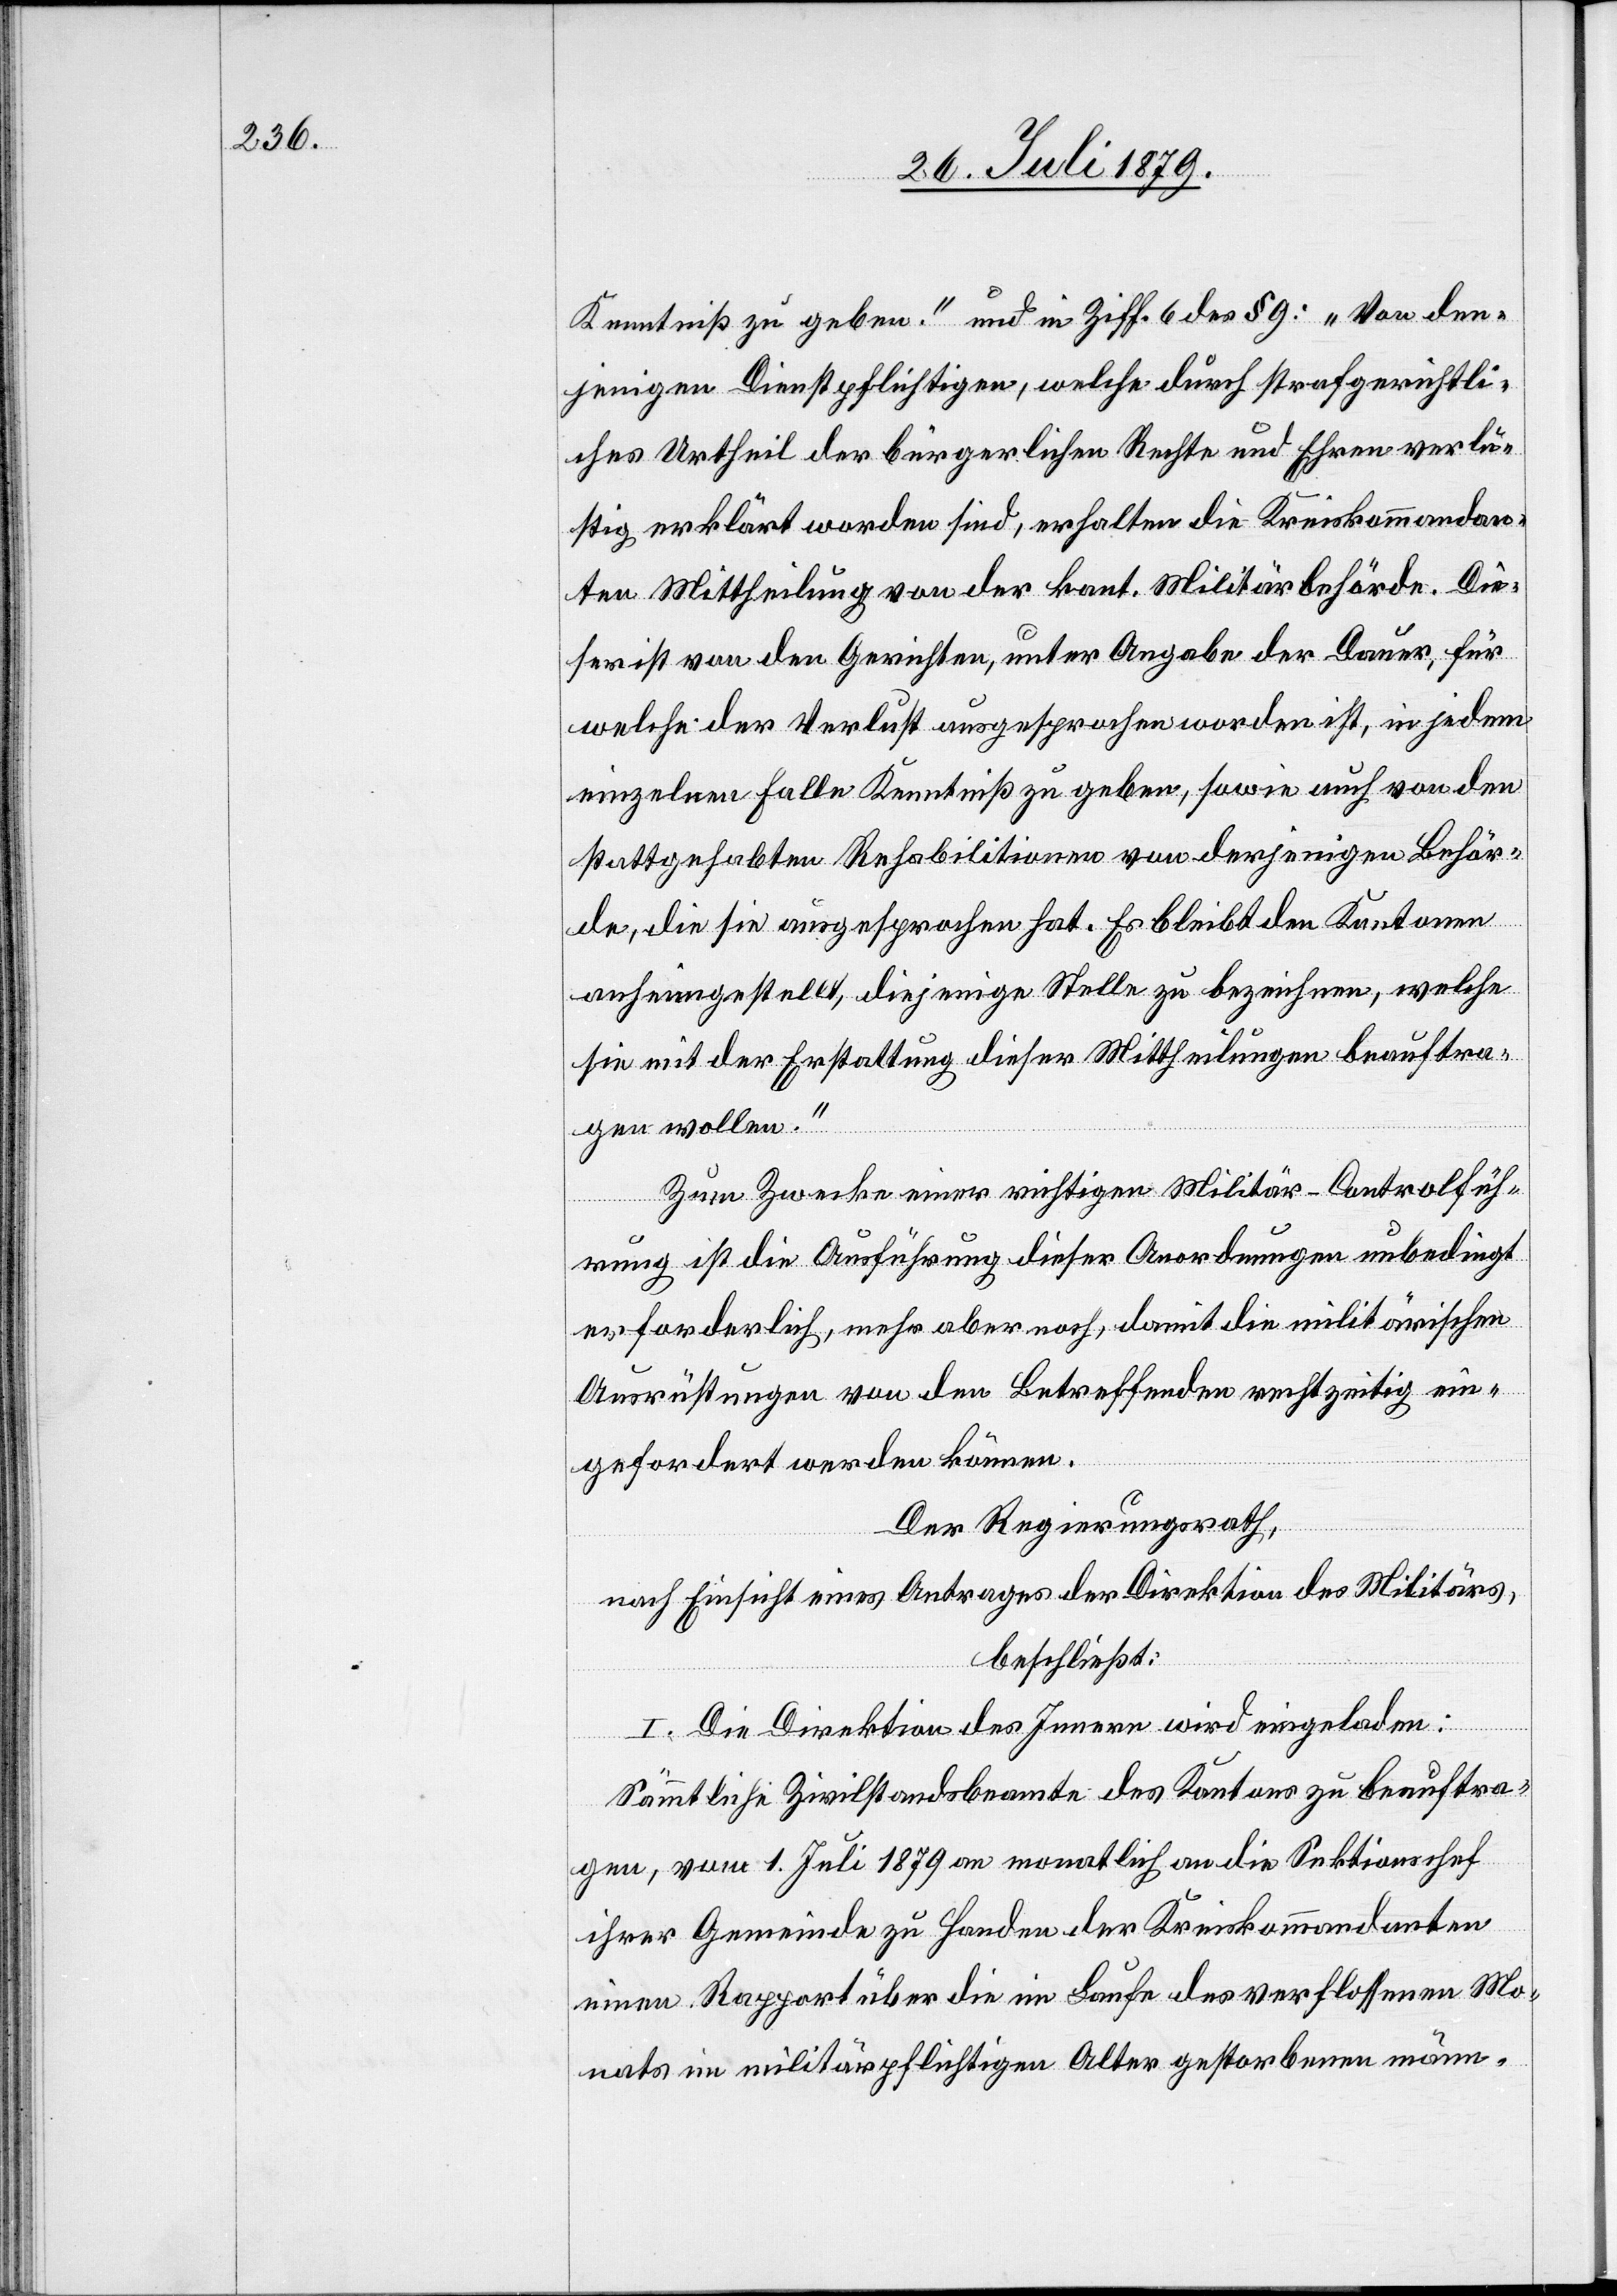
Kenntniß zu geben.“ und in Ziff. 6 des § 9: „Von den¬
jenigen Dienstpflichtigen, welche durch strafgerichtli¬
ches Urtheil der bürgerlichen Rechte und Ehren verlu¬
stig erklärt worden sind, erhalten die Kreiskommandan¬
ten Mittheilung von der kant. Militärbehörde. Die¬
ser ist von den Gerichten, unter Angabe der Dauer, für
welche der Verlust ausgesprochen worden ist, in jedem
einzelnen Falle Kenntiß zu geben, sowie auch von den
stattgehabten Rehabilitionen von derjenigen Behör¬
de, die sie ausgesprochen hat. Es bleibt den Kantonen
anheimgestellt, diejenige Stelle zu bezeichnen, welche
sie mit der Erstattung dieser Mittheilungen beauftra¬
gen wollen.“
Zum Zwecke einer richtigen Militär-Controlfüh¬
rung ist die Ausführung dieser Anordnungen unbedingt
erforderlich, mehr aber noch, damit die militärischen
Ausrüstungen von den Betreffenden rechtzeitig ein¬
gefordert werden können.
Der Regierungsrath,
nach Einsicht eines Antrages der Direktion des Militärs,
beschließt:
I. Die Direktion des Innern wird eingeladen:
Sämmtliche Zivilstandsbeamte des Kantons zu beauftra¬
gen, vom 1. Juli 1879 an monatlich an die Sektionschef
ihrer Gemeinde zu Handen der Kreiskommandanten
einen Rapport über die im Laufe des verflossenen Mo¬
nats in militärpflichtigen Alter gestorbenen männ-